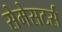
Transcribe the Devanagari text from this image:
सेमेसटर्स